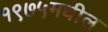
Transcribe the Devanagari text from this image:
१९७५मधील